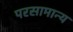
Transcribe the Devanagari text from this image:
परसामान्य